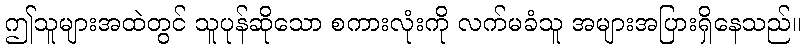
ဤသူများအထဲတွင် သူပုန်ဆိုသော စကားလုံးကို လက်မခံသူ အများအပြားရှိနေသည်။